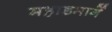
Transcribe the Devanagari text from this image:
महाडमार्गे